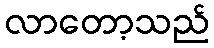
လာတော့သည်